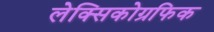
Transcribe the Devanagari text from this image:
लेक्सिकोग्रफिक